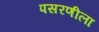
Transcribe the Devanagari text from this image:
पसरणीला